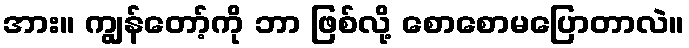
အား။ ကျွန်တော့်ကို ဘာ ဖြစ်လို့ စောစောမပြောတာလဲ။